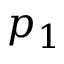
p _ { 1 }